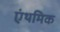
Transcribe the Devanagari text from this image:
एंथमिक